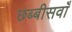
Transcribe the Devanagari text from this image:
छब्बीसवाँ